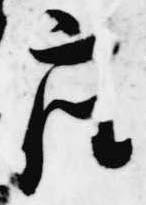
座